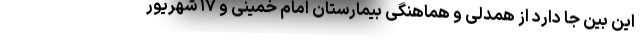
این بین جا دارد از همدلی و هماهنگی بیمارستان امام خمینی و ۱۷ شهریور